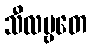
သီလဗ္ဗတေ